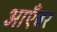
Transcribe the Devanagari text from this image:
आएँबर